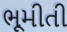
ભૂમીતી